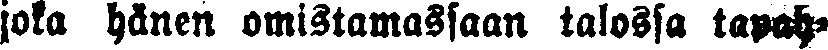
joka hänen omistamassaan talossa tapah-